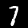
Digit: 7